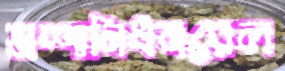
মশানিধনরেল